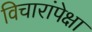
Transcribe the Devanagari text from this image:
विचारांपेक्षा